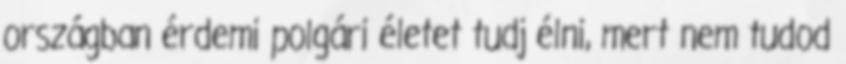
országban érdemi polgári életet tudj élni, mert nem tudod